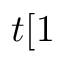
t [ 1